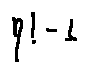
n ! - 1